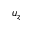
u _ { z }